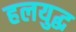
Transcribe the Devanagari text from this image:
हलयुद्ध